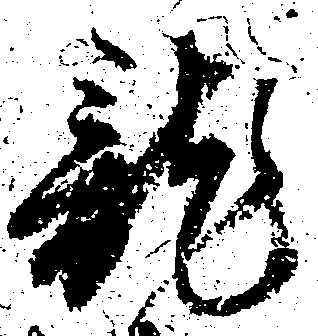
龍